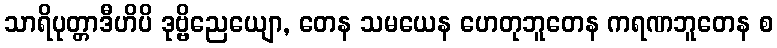
သာရိပုတ္တာဒီဟိပိ ဒုဗ္ဗိညေယျော, တေန သမယေန ဟေတုဘူတေန ကရဏဘူတေန စ